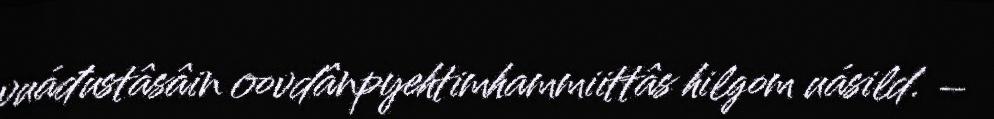
vuáđustâsâin oovdânpyehtimhammiittâs hilgom uásild. –